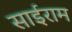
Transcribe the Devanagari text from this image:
साईराम